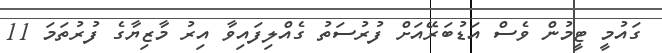
ގައުމީ ޓީމުން ވެސް އަޑުބަރޭއަށް ފުރުސަތު ގެއްލިފައިވާ އިރު މާޒިޔާގެ ފުރުތަމަ 11